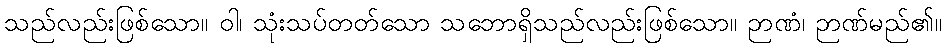
သည်လည်းဖြစ်သော။ ဝါ၊ သုံးသပ်တတ်သော သဘောရှိသည်လည်းဖြစ်သော။ ဉာဏံ၊ ဉာဏ်မည်၏။